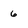
Character: 6